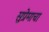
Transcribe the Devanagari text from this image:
सुप्रेमाचा